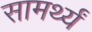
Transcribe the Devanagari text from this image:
सामर्थ्यं